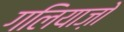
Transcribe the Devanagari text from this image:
गलियाज़ो